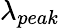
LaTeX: \lambda_{peak}